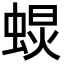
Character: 𧌚